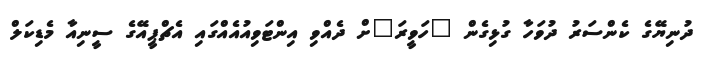
ދުނިޔޭގެ ކެންސަރު ދުވަހާ ގުޅިގެން "ހަވީރަ"ށް ދެއްވި އިންޓަވިއުއެއްގައި އެޗްޕީއޭގެ ސީނިއާ މެޑިކަލް